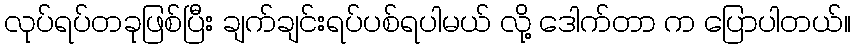
လုပ်ရပ်တခုဖြစ်ပြီး ချက်ချင်းရပ်ပစ်ရပါမယ် လို့ ဒေါက်တာ က ပြောပါတယ်။